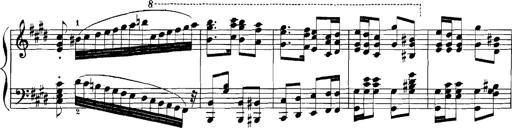
Title: Rhapsodies hongroises
Composer: Franz Liszt